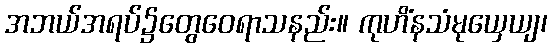
အဘယ်အရပ်၌တွေဝေရာသနည်း။ ကုဟိံနသံမုယှေယျ၊